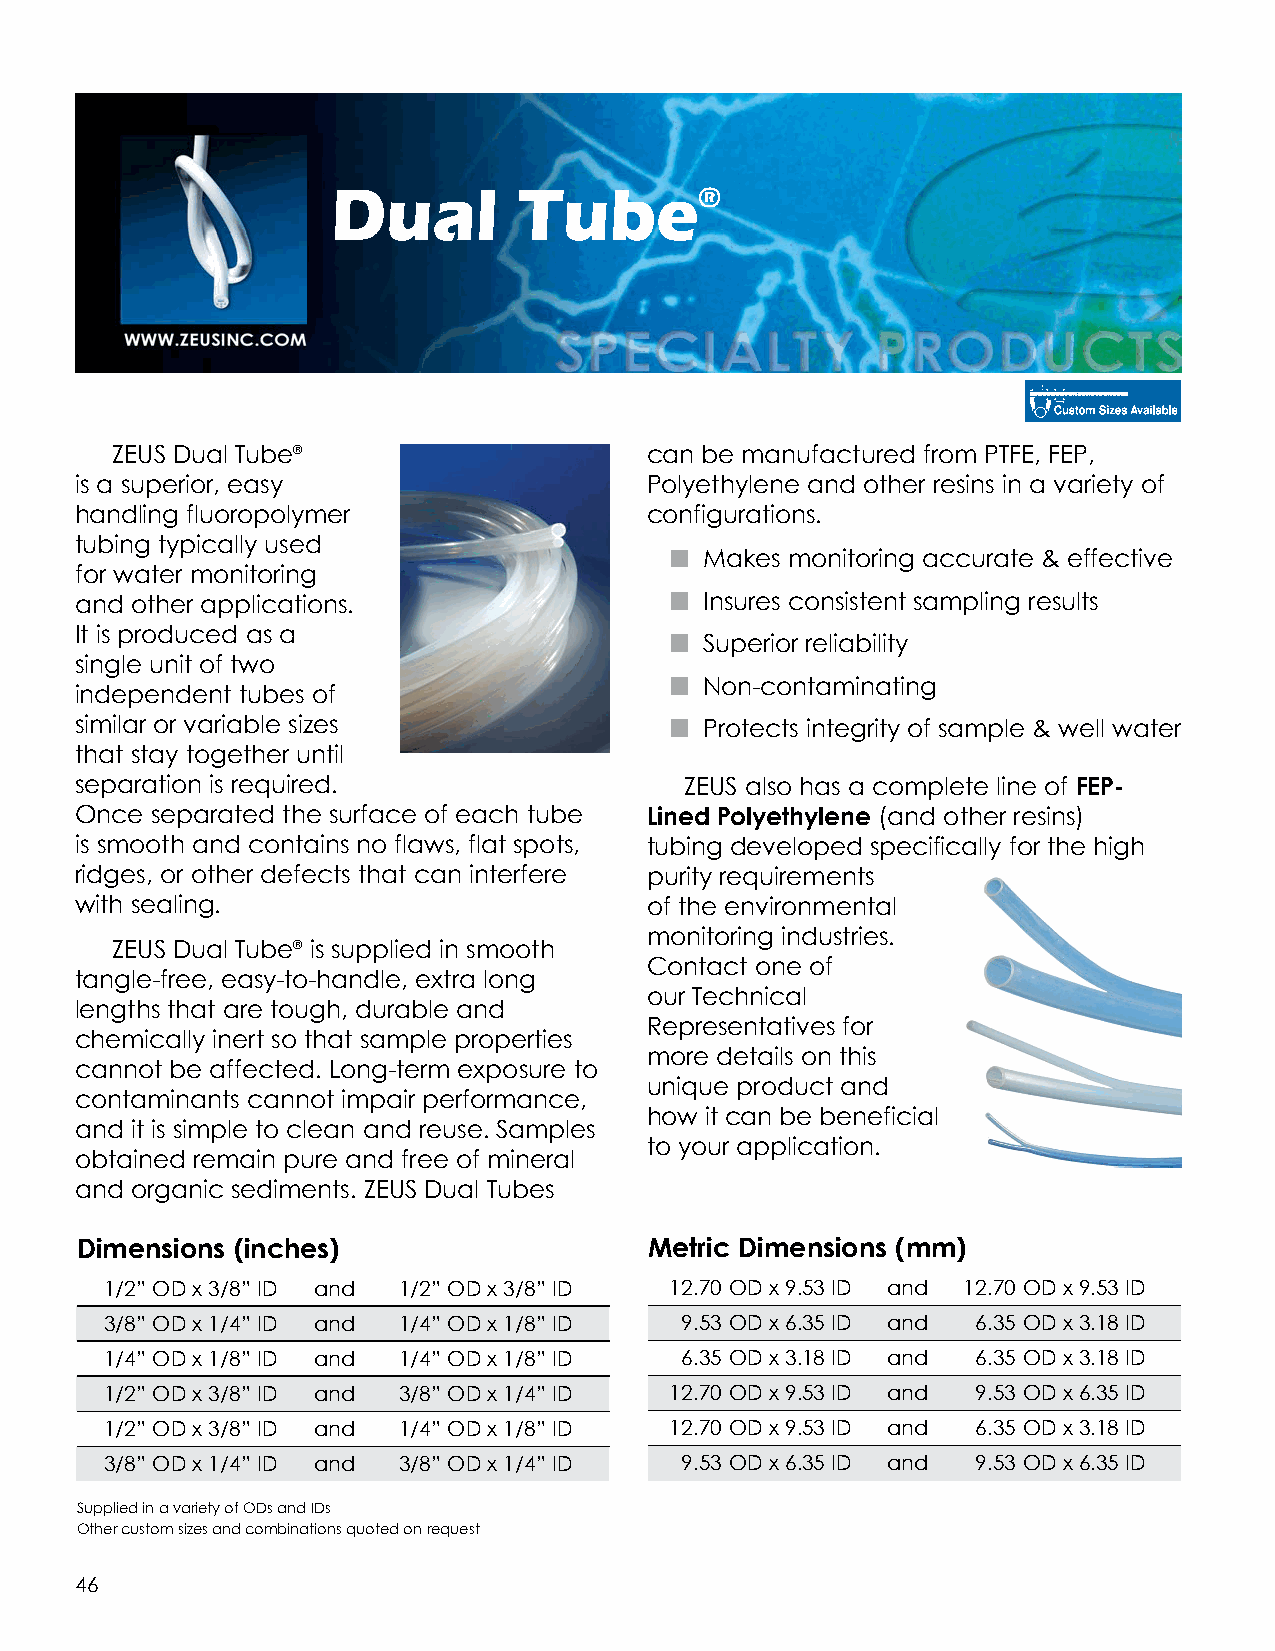
Dual        Tube®
 ZEUS Dual Tube®                     can be manufactured from PTFE, FEP,
 is a superior, easy                   Polyethylene and other resins in a variety of
 handling fluoropolymer                configurations.
 tubing typically used
 n  Makes monitoring accurate & effective
 for water monitoring
 and other applications.                n  Insures consistent sampling results
 It is produced as a
 n  Superior reliability
 single unit of two
 n  Non-contaminating
 independent tubes of
 similar or variable sizes              n  Protects integrity of sample & well water
 that stay together until
 separation is required.                 ZEUS also has a complete line of FEP-
 Once separated the surface of each tube Lined Polyethylene (and other resins)
 is smooth and contains no flaws, flat spots, tubing developed specifically for the high
 ridges, or other defects that can interfere purity requirements
 with sealing.                         of the environmental
 monitoring industries.
 ZEUS Dual Tube® is supplied in smooth
 Contact one of
 tangle-free, easy-to-handle, extra long
 our Technical
 lengths that are tough, durable and
 Representatives for
 chemically inert so that sample properties
 more details on this
 cannot be affected. Long-term exposure to
 unique product and
 contaminants cannot impair performance,
 how it can be beneficial
 and it is simple to clean and reuse. Samples
 to your application.
 obtained remain pure and free of mineral
 and organic sediments. ZEUS Dual Tubes
 Dimensions (inches)                   Metric Dimensions (mm)
 1/2” OD x 3/8” ID and 1/2” OD x 3/8” ID 12.70 OD x 9.53 ID and 12.70 OD x 9.53 ID
 3/8” OD x 1/4” ID and 1/4” OD x 1/8” ID 9.53 OD x 6.35 ID and 6.35 OD x 3.18 ID
 1/4” OD x 1/8” ID and 1/4” OD x 1/8” ID 6.35 OD x 3.18 ID and 6.35 OD x 3.18 ID
 1/2” OD x 3/8” ID and 3/8” OD x 1/4” ID 12.70 OD x 9.53 ID and 9.53 OD x 6.35 ID
 1/2” OD x 3/8” ID and 1/4” OD x 1/8” ID 12.70 OD x 9.53 ID and 6.35 OD x 3.18 ID
 3/8” OD x 1/4” ID and 3/8” OD x 1/4” ID 9.53 OD x 6.35 ID and 9.53 OD x 6.35 ID
 Supplied in a variety of ODs and IDs
 Other custom sizes and combinations quoted on request
 46